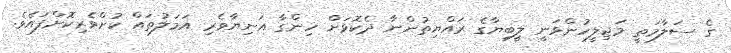
ގެ ސަލާމަތީ މަޖިލީހުންވަނީ ލީބިޔާގެ ރައްޔިތުންނާ ދެކޮޅަށް ހިންގާ އަނިޔާވެރި އަމަލުތައް ކުށްވެރިކޮށްފައެވެ.